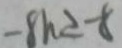
- 8 h \geq - 8